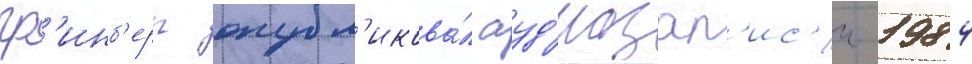
гр'инб'ерг опубл'икова́л ауд'иозап'ис'и 1984